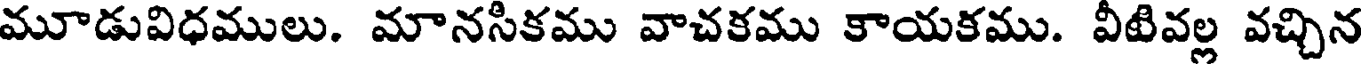
మూడువిధములు. మానసికము వాచకము కాయకము. వీటివల్ల వచ్చిన